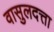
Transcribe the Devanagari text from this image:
वासुलदत्ता